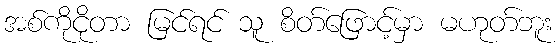
အစ်ကိုငိုတာ မြင်ရင် သူ စိတ်ဖြောင့်မှာ မဟုတ်ဘူး